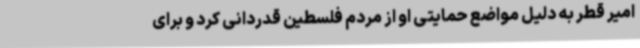
امیر قطر به دلیل مواضع حمایتی او از مردم فلسطین قدردانی کرد و برای